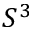
S ^ { 3 }